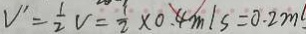
V ^ { \prime } = \frac { 1 } { 2 } V = \frac { 1 } { 2 } \times 0 . 4 m / s = 0 . 2 m